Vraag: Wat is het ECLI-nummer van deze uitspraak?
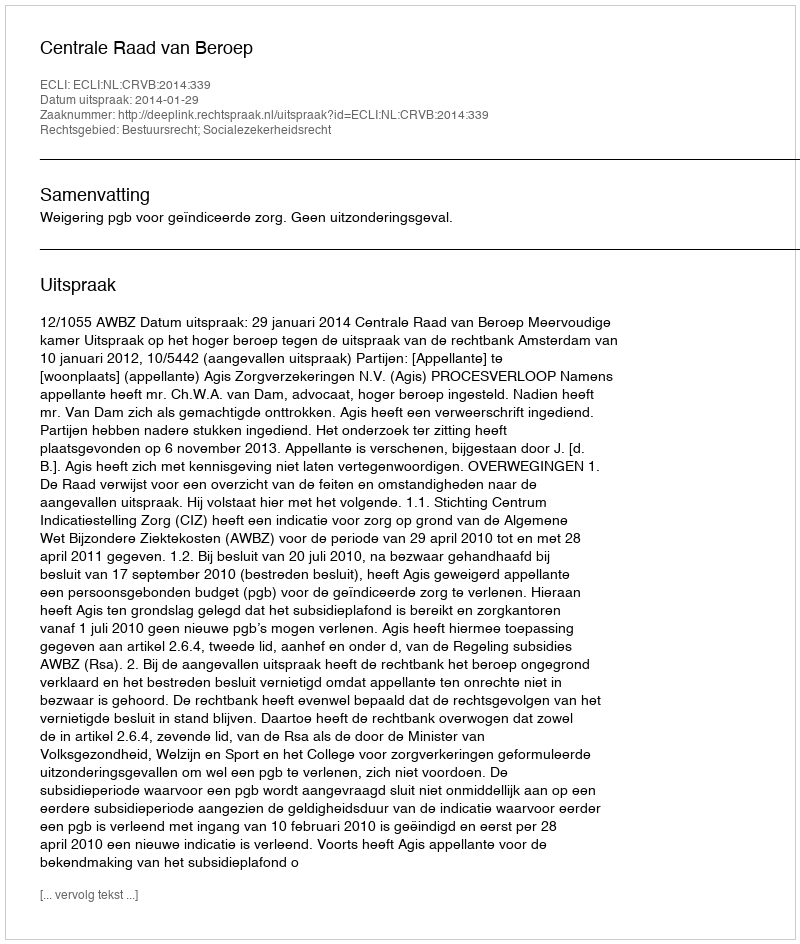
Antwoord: ECLI:NL:CRVB:2014:339